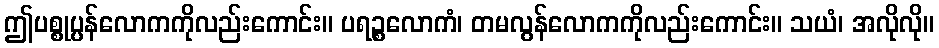
ဤပစ္စုပ္ပန်လောကကိုလည်းကောင်း။ ပရဉ္စလောကံ၊ တမလွန်လောကကိုလည်းကောင်း။ သယံ၊ အလိုလို။